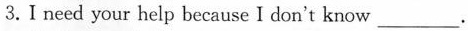
3.I need your help because I don't know___.